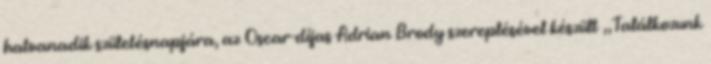
hatvanadik születésnapjára, az Oscar-díjas Adrian Brody szereplésével készült „Találkozunk